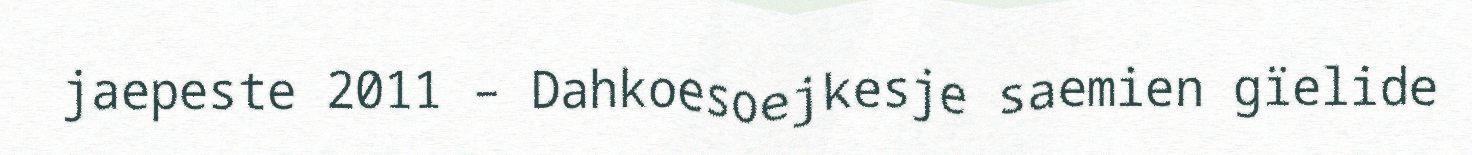
jaepeste 2011 – Dahkoesoejkesje saemien gïelide